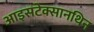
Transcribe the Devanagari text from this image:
आइसटेक्सानथिन